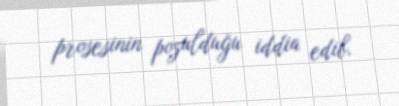
prosesinin pozulduğu iddia edib.